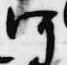
河